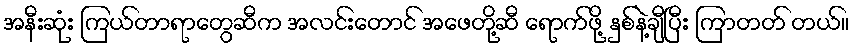
အနီးဆုံး ကြယ်တာရာတွေဆီက အလင်းတောင် အဖေတို့ဆီ ရောက်ဖို့ နှစ်နဲ့ချီပြီး ကြာတတ် တယ်။